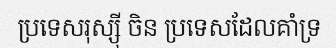
ប្រទេសរុស្ស៊ី ចិន ប្រទេសដែលគាំទ្រ